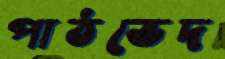
পাঠভেদ